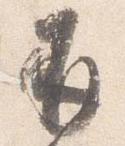
并